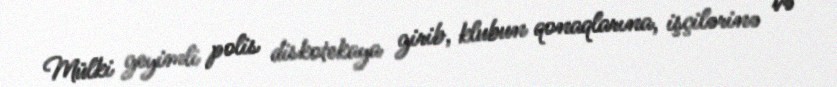
Mülki geyimli polis diskotekaya girib, klubun qonaqlarına, işçilərinə və